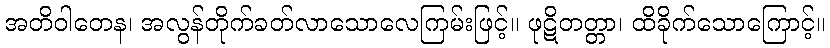
အတိဝါတေန၊ အလွန်တိုက်ခတ်လာသောလေကြမ်းဖြင့်။ ဖုဋိတတ္တာ၊ ထိခိုက်သောကြောင့်။